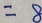
= 8